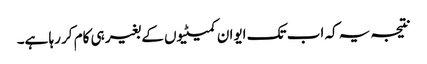
نتیجہ یہ کہ اب تک ایوان کمیٹیوں کے بغیر ہی کام کر رہا ہے۔